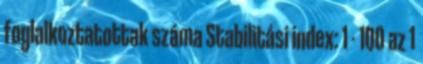
foglalkoztatottak száma Stabilitási index: 1 - 100 az 1